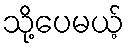
သို့ပေမယ့်